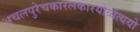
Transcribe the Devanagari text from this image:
अचलपुरेचकारलकारयोर्व्यत्ययो